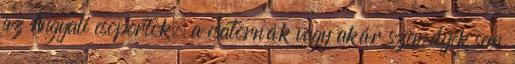
az Angyali csoportok, a csatornák vagy akár személyek sem